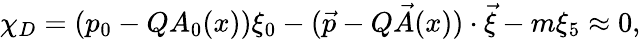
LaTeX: \chi_{D}=(p_{0}-QA_{0}(x))\xi_{0}-(\vec{p}-Q\vec{A}(x))\cdot\vec{\xi}-m\xi_{5}\approx 0,